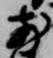
前